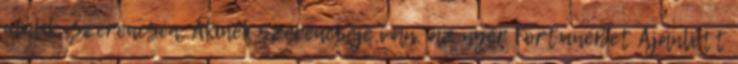
múlik, szerencsén. Akinek szerencséje van, az nyer FortuneBet Ajánlott